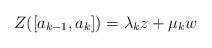
LaTeX: \begin{align*}Z([a_{k-1},a_k])=\lambda_k z+\mu_k w\end{align*}